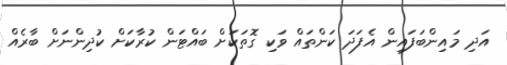
އަދި މައިންބަފައިން އެފަދަ ކަންތައް ވަކި ގޮތަކަށް ބައްޓަން ކުރާކަށް ކުދިންނަށް ބާރެއް